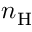
n _ { \mathrm { H } }